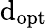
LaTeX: \mathrm{d}_{\mathrm{{opt}}}